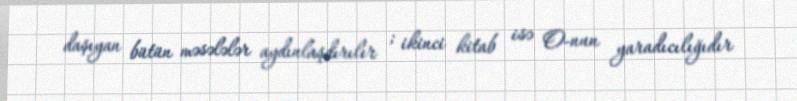
daşıyan bütün məsələlər aydınlaşdırılır ; ikinci kitab isə O-nun yaradıcılığıdır